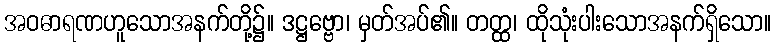
အဝဓာရဏဟူသောအနက်တို့၌။ ဒဋ္ဌဗ္ဗော၊ မှတ်အပ်၏။ တတ္ထ၊ ထိုသုံးပါးသောအနက်ရှိသော။